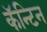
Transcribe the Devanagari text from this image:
कॅन्टिन